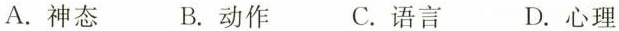
A.神态B.动作 C.语言D.心理